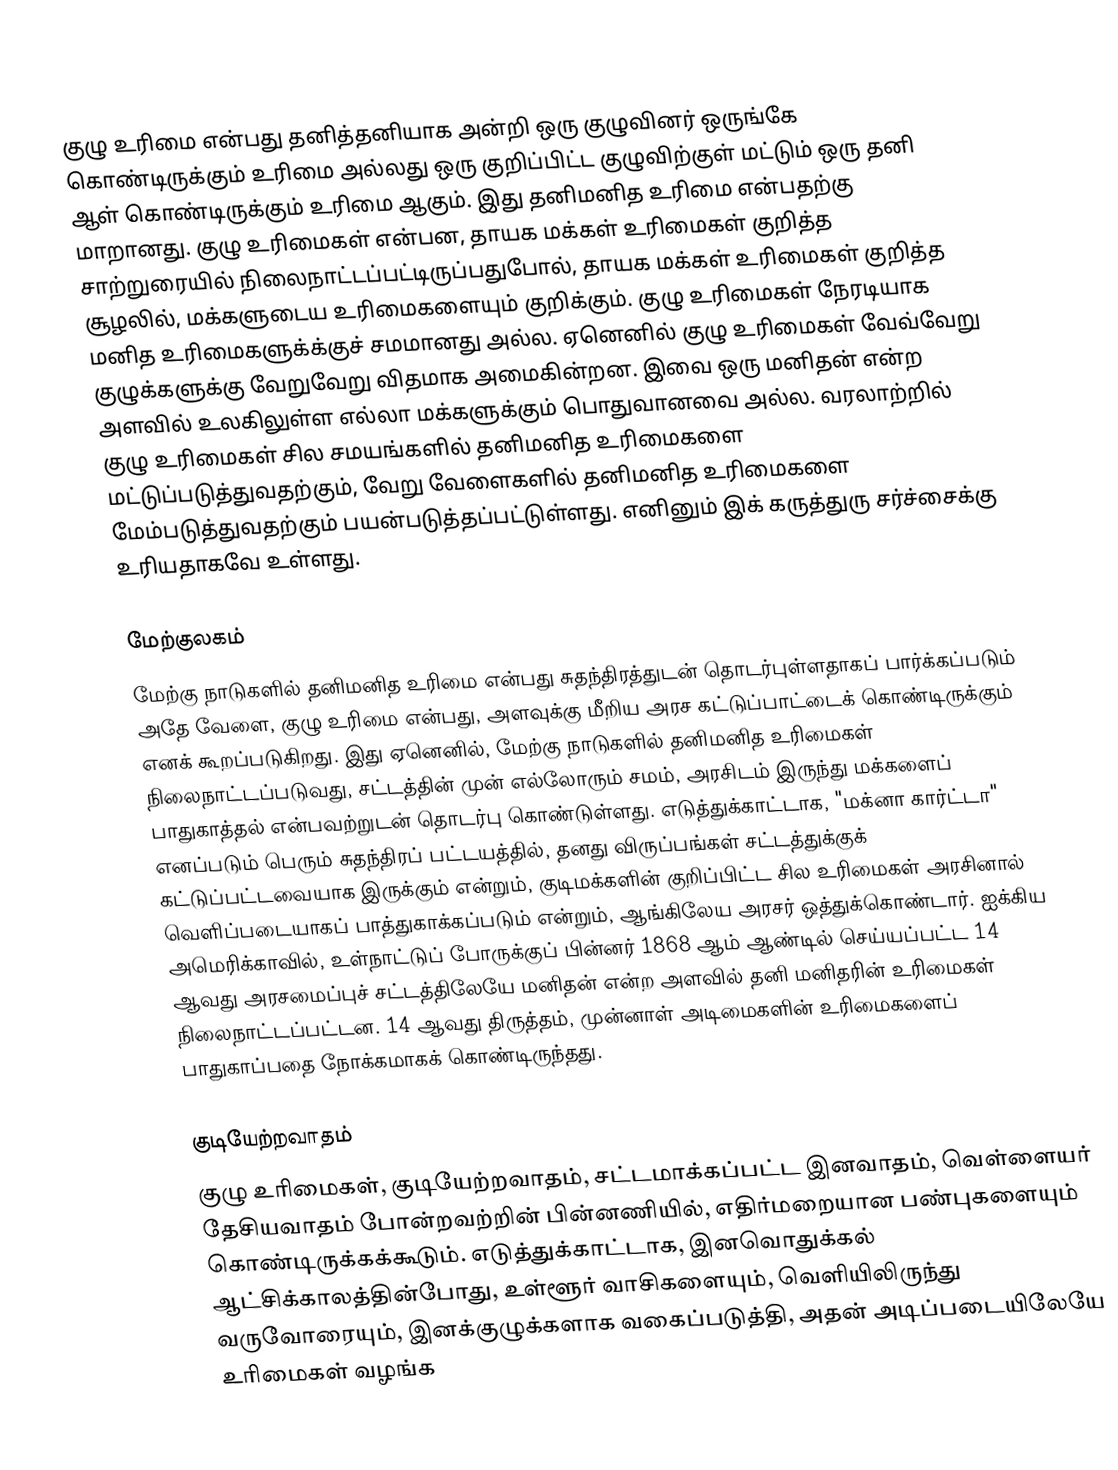
குழு உரிமை என்பது தனித்தனியாக அன்றி ஒரு குழுவினர் ஒருங்கே கொண்டிருக்கும் உரிமை அல்லது ஒரு குறிப்பிட்ட குழுவிற்குள் மட்டும் ஒரு தனி ஆள் கொண்டிருக்கும் உரிமை ஆகும். இது தனிமனித உரிமை என்பதற்கு மாறானது. குழு உரிமைகள் என்பன, தாயக மக்கள் உரிமைகள் குறித்த சாற்றுரையில் நிலைநாட்டப்பட்டிருப்பதுபோல், தாயக மக்கள் உரிமைகள் குறித்த சூழலில், மக்களுடைய உரிமைகளையும் குறிக்கும். குழு உரிமைகள் நேரடியாக மனித உரிமைகளுக்க்குச் சமமானது அல்ல. ஏனெனில் குழு உரிமைகள் வேவ்வேறு குழுக்களுக்கு வேறுவேறு விதமாக அமைகின்றன. இவை ஒரு மனிதன் என்ற அளவில் உலகிலுள்ள எல்லா மக்களுக்கும் பொதுவானவை அல்ல. வரலாற்றில் குழு உரிமைகள் சில சமயங்களில் தனிமனித உரிமைகளை மட்டுப்படுத்துவதற்கும், வேறு வேளைகளில் தனிமனித உரிமைகளை மேம்படுத்துவதற்கும் பயன்படுத்தப்பட்டுள்ளது. எனினும் இக் கருத்துரு சர்ச்சைக்கு உரியதாகவே உள்ளது.

மேற்குலகம்
மேற்கு நாடுகளில் தனிமனித உரிமை என்பது சுதந்திரத்துடன் தொடர்புள்ளதாகப் பார்க்கப்படும் அதே வேளை, குழு உரிமை என்பது, அளவுக்கு மீறிய அரச கட்டுப்பாட்டைக் கொண்டிருக்கும் எனக் கூறப்படுகிறது. இது ஏனெனில், மேற்கு நாடுகளில் தனிமனித உரிமைகள் நிலைநாட்டப்படுவது, சட்டத்தின் முன் எல்லோரும் சமம், அரசிடம் இருந்து மக்களைப் பாதுகாத்தல் என்பவற்றுடன் தொடர்பு கொண்டுள்ளது. எடுத்துக்காட்டாக, "மக்னா கார்ட்டா" எனப்படும் பெரும் சுதந்திரப் பட்டயத்தில், தனது விருப்பங்கள் சட்டத்துக்குக் கட்டுப்பட்டவையாக இருக்கும் என்றும், குடிமக்களின் குறிப்பிட்ட சில உரிமைகள் அரசினால் வெளிப்படையாகப் பாத்துகாக்கப்படும் என்றும், ஆங்கிலேய அரசர் ஒத்துக்கொண்டார். ஐக்கிய அமெரிக்காவில், உள்நாட்டுப் போருக்குப் பின்னர் 1868 ஆம் ஆண்டில் செய்யப்பட்ட 14 ஆவது அரசமைப்புச் சட்டத்திலேயே மனிதன் என்ற அளவில் தனி மனிதரின் உரிமைகள் நிலைநாட்டப்பட்டன. 14 ஆவது திருத்தம், முன்னாள் அடிமைகளின் உரிமைகளைப் பாதுகாப்பதை நோக்கமாகக் கொண்டிருந்தது.

குடியேற்றவாதம்
குழு உரிமைகள், குடியேற்றவாதம், சட்டமாக்கப்பட்ட இனவாதம், வெள்ளையர் தேசியவாதம் போன்றவற்றின் பின்னணியில், எதிர்மறையான பண்புகளையும் கொண்டிருக்கக்கூடும். எடுத்துக்காட்டாக, இனவொதுக்கல் ஆட்சிக்காலத்தின்போது, உள்ளூர் வாசிகளையும், வெளியிலிருந்து வருவோரையும், இனக்குழுக்களாக வகைப்படுத்தி, அதன் அடிப்படையிலேயே உரிமைகள் வழங்க